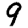
Digit: 9